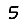
Digit: 5